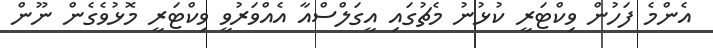
އެންމެ ފަހުން ވިކްޓަރީ ކުޅުނު މެޗުގައި އީގަލްސްއާ އެއްވަރުވީ ވިކްޓަރީ މޮޅުވެގެން ނޫން